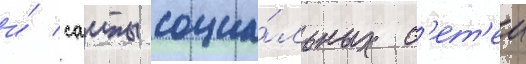
и́ саиты социа́льных с'ет'еи